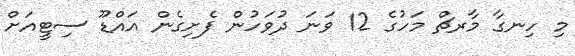
މި ހިނގާ މާރޗް މަހުގެ 12 ވަނަ ދުވަހުން ފެށިގެން އައްޑޫ ސިޓީއަށް